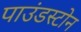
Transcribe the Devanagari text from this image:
पाउंडस्टोन